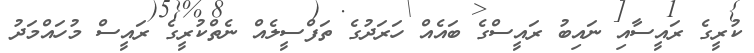
ކުރީގެ ރައީސާއި ނައިބު ރައީސްގެ ބައެއް ހަރަދުގެ ތަފްސީލެއް ނެތްކުރީގެ ރައީސް މުހައްމަދު